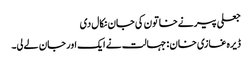
جعلی پیرنےخاتون کی جان نکال دی
ڈیرہ غازی خان : جہالت نے ایک اور جان لے لی۔